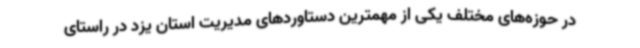
در حوزه‌های مختلف یکی از مهمترین دستاوردهای مدیریت استان یزد در راستای